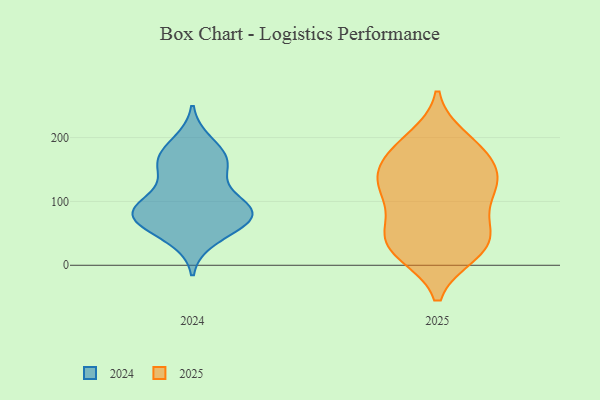
{"axis": {"x": "Bounce Rate (%)", "y": "Value"}, "legend": ["2024", "2025"], "data": [{"x": "", "y": 100, "type": "2024"}, {"x": "", "y": 92, "type": "2024"}, {"x": "", "y": 77, "type": "2024"}, {"x": "", "y": 161, "type": "2024"}, {"x": "", "y": 78, "type": "2024"}, {"x": "", "y": 147, "type": "2024"}, {"x": "", "y": 171, "type": "2024"}, {"x": "", "y": 160, "type": "2024"}, {"x": "", "y": 191, "type": "2024"}, {"x": "", "y": 84, "type": "2024"}, {"x": "", "y": 84, "type": "2024"}, {"x": "", "y": 61, "type": "2024"}, {"x": "", "y": 43, "type": "2024"}, {"x": "", "y": 77, "type": "2024"}, {"x": "", "y": 19, "type": "2025"}, {"x": "", "y": 108, "type": "2025"}, {"x": "", "y": 131, "type": "2025"}, {"x": "", "y": 198, "type": "2025"}, {"x": "", "y": 49, "type": "2025"}, {"x": "", "y": 171, "type": "2025"}, {"x": "", "y": 185, "type": "2025"}, {"x": "", "y": 140, "type": "2025"}, {"x": "", "y": 123, "type": "2025"}, {"x": "", "y": 117, "type": "2025"}, {"x": "", "y": 21, "type": "2025"}, {"x": "", "y": 67, "type": "2025"}, {"x": "", "y": 31, "type": "2025"}, {"x": "", "y": 177, "type": "2025"}, {"x": "", "y": 29, "type": "2025"}, {"x": "", "y": 58, "type": "2025"}, {"x": "", "y": 140, "type": "2025"}]}